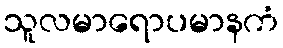
သူလမာရောပမာနကံ